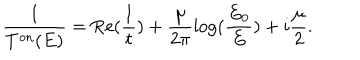
\frac { 1 } { T ^ { \mathrm { o n } } ( E ) } = \mathrm { R e } ( \frac { 1 } { t } ) + \frac { \mu } { 2 \pi } \log ( \frac { E _ { 0 } } { E } ) + i \frac { \mu } { 2 } .